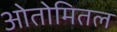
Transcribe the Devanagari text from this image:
ओतोमितल